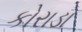
કોરાડા